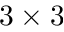
3 \times 3